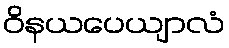
ဝိနယပေယျာလံ